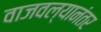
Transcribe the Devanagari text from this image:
वाजवल्यानंतर